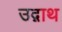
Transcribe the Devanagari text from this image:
उद्गाथ